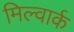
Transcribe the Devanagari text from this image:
मिल्वार्क